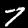
Label: 7